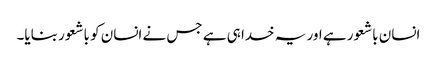
انسان باشعور ہے اور یہ خدا ہی ہے جس نے انسان کو باشعور بنایا۔